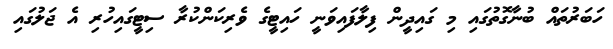
ހަބަރުތައް ބުނާގޮތުގައި މި ގައިދީން ފިލާފައިވަނީ ހައިޓީގެ ވެރިކަންކުރާ ސިޓީގައިހުރި އެ ޖަލުގައި